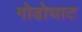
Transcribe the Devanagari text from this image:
गोढोघाट